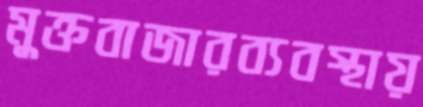
মুক্তবাজারব্যবস্থায়